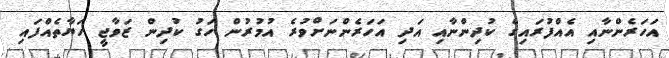
އަހަރެންނާއި އެއްފުރައިގެ ކުދިންނާއި އަދި އަހަރެންނަށްވުރެ އުމުރުން ހަގު ކުދިން ޒަވާޖީ ހަޔާތެއްފައި